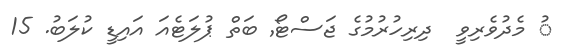
ު މެދުވެރިވީ  ދިރިހުރުމުގެ ޖަސްޓޯ